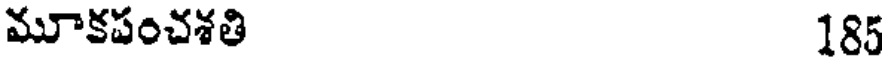
మూకపంచశతి 185